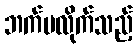
ဘက်မလိုက်သည့်